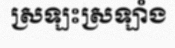
ស្រឡះស្រឡាំង